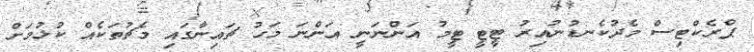
ޕްރެކްޓިސް މެދުކެނޑުނުއިރު ޓީޓީ ޓީމު އަންނަނީ އަންނަ މަހު ޗައިނާގައި މެޗުތަކެއް ކުޅުމަށް